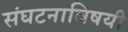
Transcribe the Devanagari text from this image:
संघटनाविषयी